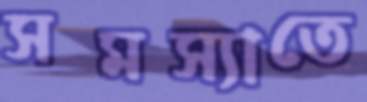
সমস্যাতে